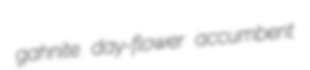
gahnite day-flower accumbent